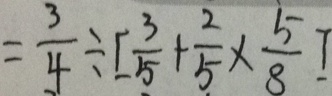
= \frac { 3 } { 4 } \div [ \frac { 3 } { 5 } + \frac { 2 } { 5 } \times \frac { 5 } { 8 } ]